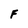
Character: F